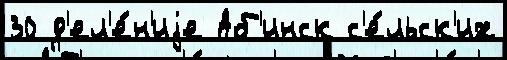
30 д'ел'е́н'иjе Аб'инск с'е́льск'их